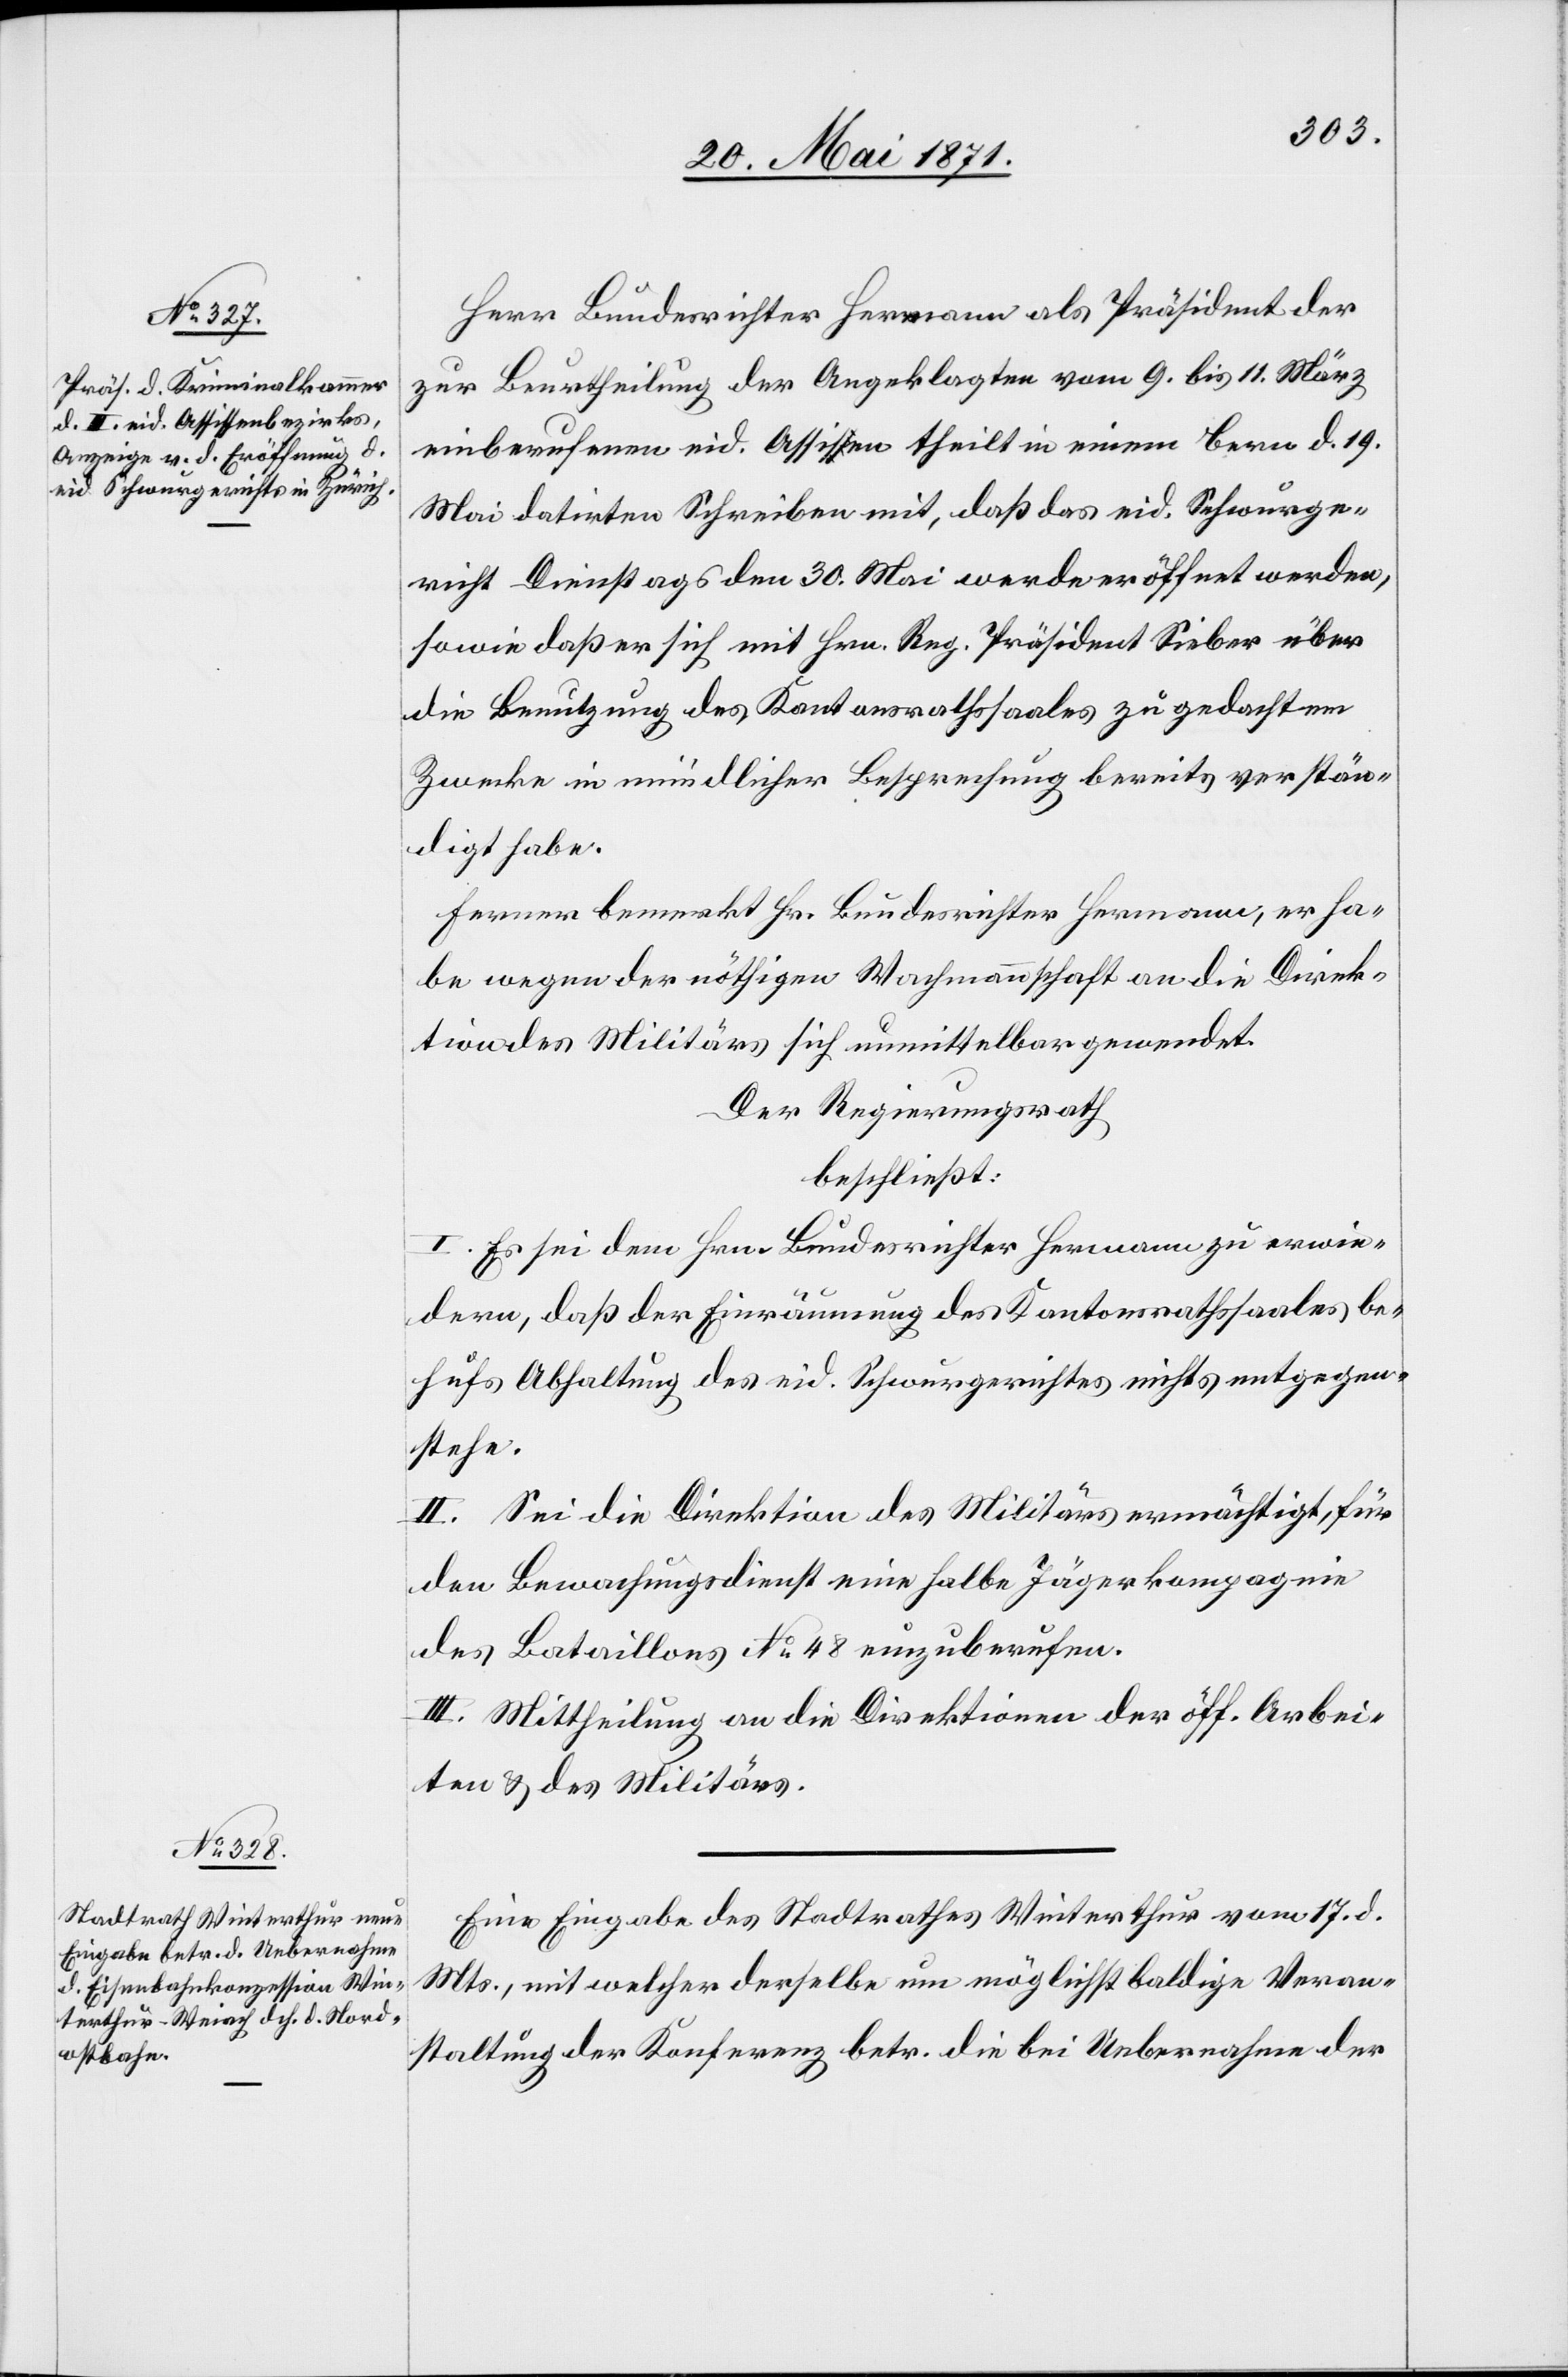
Herr Bundesrichter Hermann als Präsident der
zur Beurtheilung der Angeklagten vom 9. bis 11. März
einberufenen eid. Assisen theilt in einem Bern d. 19.
Mai datirten Schreiben mit, daß das eid. Schwurge¬
richt Dienstags den 30. Mai werde eröffnet werden,
sowie daß er sich mit Hrn. Reg. Präsident Sieber über
die Benutzung des Kantonsrathssaales zu gedachtem
Zwecke in mündlicher Besprechung bereits verstän¬
digt habe.
Ferner bemerkt Hr. Bundesrichter Hermann, er ha¬
be wegen der nöthigen Wachmannschaft an die Direk¬
tion des Militärs sich unmittelbar gewendet.
Der Regierungsrath
beschließt:
I. Es sei dem Hrn. Bundesrichter Hermann zu erwie¬
dern, daß der Einräumung des Kantonsrathssaales be¬
hufs Abhaltung des eid. Schwurgerichtes nichts entgegen¬
stehe.
II. Sei die Direktion des Militärs ermächtigt, für
den Bewachungsdienst eine halbe Jägerkompagnie
des Bataillons No. 48 einzuberufen.
III. Mittheilung an die Direktion der öff. Arbei¬
ten u. des Militärs.
Eine Eingabe des Stadtrathes Winterthur vom 17. d.
Mts., mit welcher derselbe um möglichst baldige Veran¬
staltung der Konferenz betr. die bei Uebernahme der